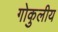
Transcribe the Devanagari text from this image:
गोकुलीय